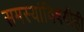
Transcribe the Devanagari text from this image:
समस्यांविषयीही